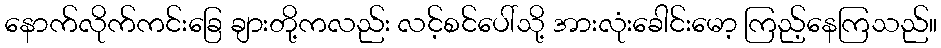
နောက်လိုက်ကင်းခြေ ချားတို့ကလည်း လင့်စင်ပေါ်သို့ အားလုံးခေါင်းမော့ ကြည့်နေကြသည်။